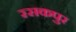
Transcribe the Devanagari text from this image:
रसकपुर